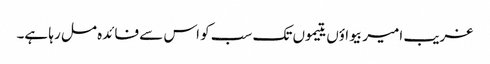
غریب امیر بیواؤں یتیموں تک سب کو اس سے فائدہ مل رہا ہے۔